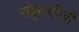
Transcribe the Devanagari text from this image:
संवृतवीजी